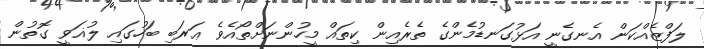
ލަފްޒެއްކަން އެނގެނީ އަޅުގަނޑުމެންގެ ތެރެއިން ކިތައް މީހުންނަށްތޯއެވެ ޢަރަބި ބަހުގައި ލުޣަވީ ގޮތުން